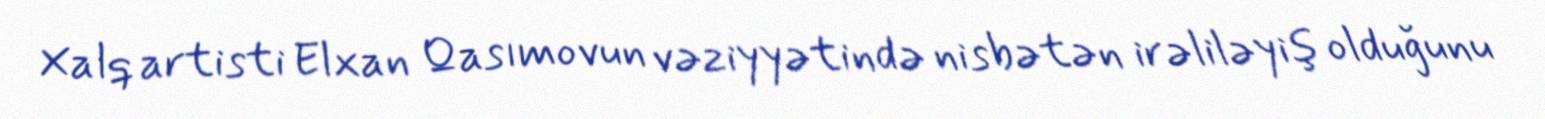
Xalq artisti Elxan Qasımovun vəziyyətində nisbətən irəliləyiş olduğunu